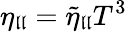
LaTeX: \eta_{\mathfrak{l}\mathfrak{l}}=\tilde{{\eta}}_{\mathfrak{l}\mathfrak{l}}T^{3}